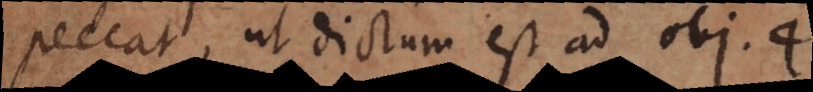
peccat, ut dictum est ad obj. 4.